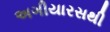
અગીયારસથી